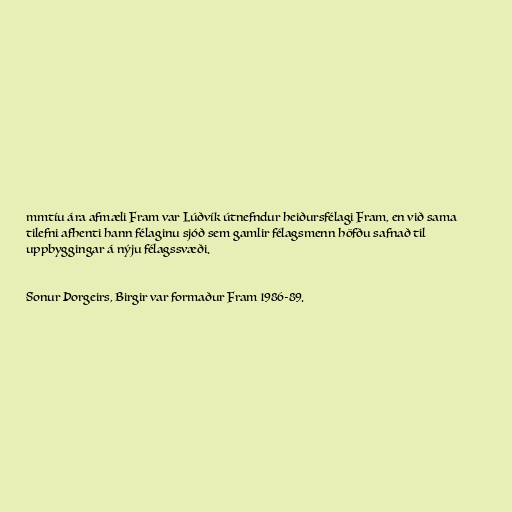
mmtíu ára afmæli Fram var Lúðvík útnefndur heiðursfélagi Fram, en við sama
tilefni afhenti hann félaginu sjóð sem gamlir félagsmenn höfðu safnað til
uppbyggingar á nýju félagssvæði.

Sonur Þorgeirs, Birgir var formaður Fram 1986-89.